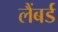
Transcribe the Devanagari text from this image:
लैंबर्ड